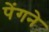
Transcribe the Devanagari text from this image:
पेंगने